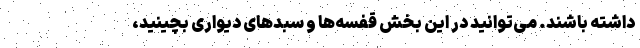
داشته باشند. می‌توانید در این بخش قفسه‌ها و سبدهای دیواری بچینید،